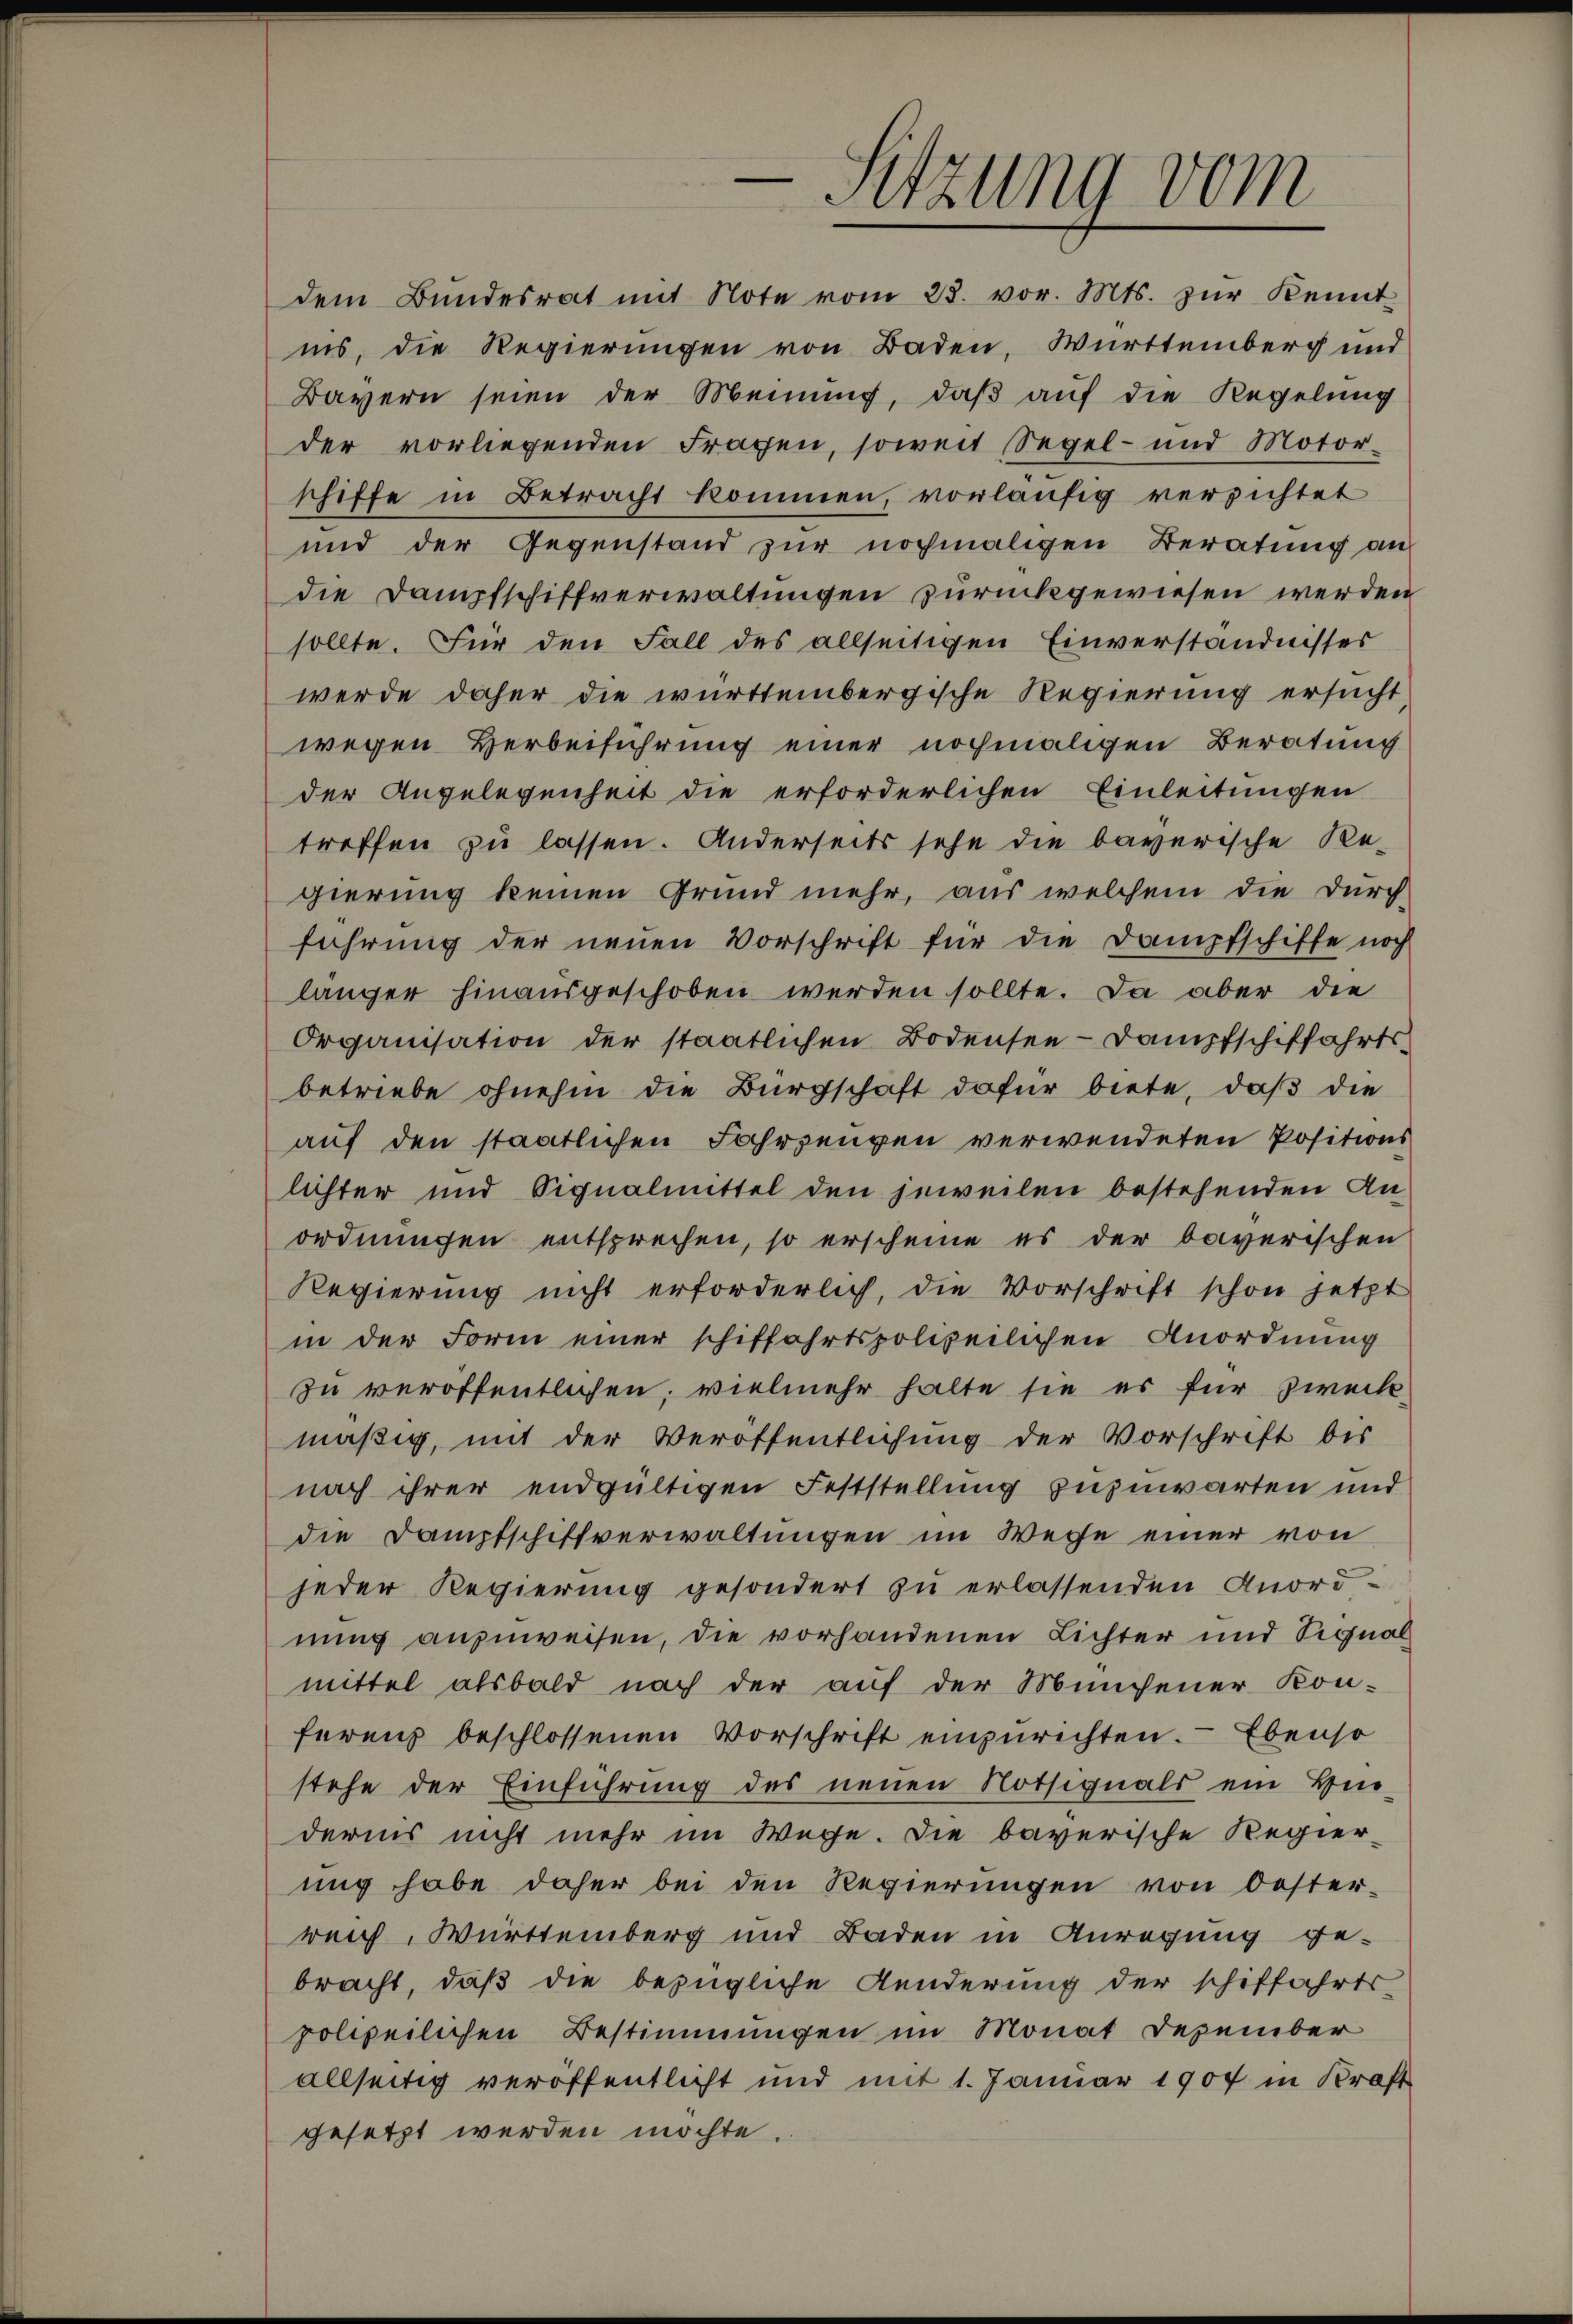
dem Bŭndesrat mit Note vom 23. vor. Mts. zŭr Kennt
ins, die Regierungen von Baden, Württemberg und
Bayern seien der Meinung, daß auf die Regelung
der vorliegenden Fragen, soweit Segel- und Motor-
schiffe in Betracht kommen, vorläufig verzichtet
und der Gegenstand zŭr nochmaligen Beratŭng an
die Dampfschiffverwaltungen zurückgewiesen werden
sollte. Für den Fall des allseitigen Einverständnisses
werde daher die württembergische Regierung ersucht,
wegen Herbeiführung einer nochmaligen Beratung
der Angelegenheit die erforderlichen Einleitungen
treffen zu lassen. Anderseits sehe die bayerische Re-
gierung keinen Grund mehr, aus welchem die Durch-
führung der neŭen Vorschrift für die Dampfschiffe noch
länger hinausgeschoben werden sollte. Da aber die
Organisation der staatlichen Bodensee-Dampfschiffahrts-
betriebe ohnehin die Bürgschaft dafür biete, daß die
auf den staatlichen Fahrzeugen verwendeten Positionslichter und Signalmittel den jeweilen bestehenden An-
ordnungen entsprechen, so erscheine es der baverischen
Regierung nicht erforderlich, die Vorschrift schon jetzt
in der Form einer schiffahrtspolizeilichen Anordnung
zu veröffentlichen; vielmehr halte sie es für Zweckmäßig, mit der Veröffentlichung der Vorschrift bis
nach ihrer endgültigen Feststellung zuzuwarten und
die Dampfschiftverwaltungen im Weise einer von
jeder Regierung gesondert zu erlassenden Anordnung anzuweisen, die vorhandenen Lichter und Signal
mittel alsbald nach der auf der Münchener Kon-
ferenz beschlossenen Vorschrift einzurichten. Ebenso
stehe der Einführung des neuen Notsignals ein Hin-
dernis nicht mehr im Wege. Die bayerische Regier-
ung habe daher bei den Regierungen von Oester-
reich, Württemberg und Baden in Anregung ge-
bracht, daß die bezügliche Aenderung der schiffahrts
polizeilichen Bestimmungen im Monat Dezember
allseitig veröffentlicht und mit 1. Januar 1907 in Kraft

e
Sitzung vom

gesetzt werden möchte.